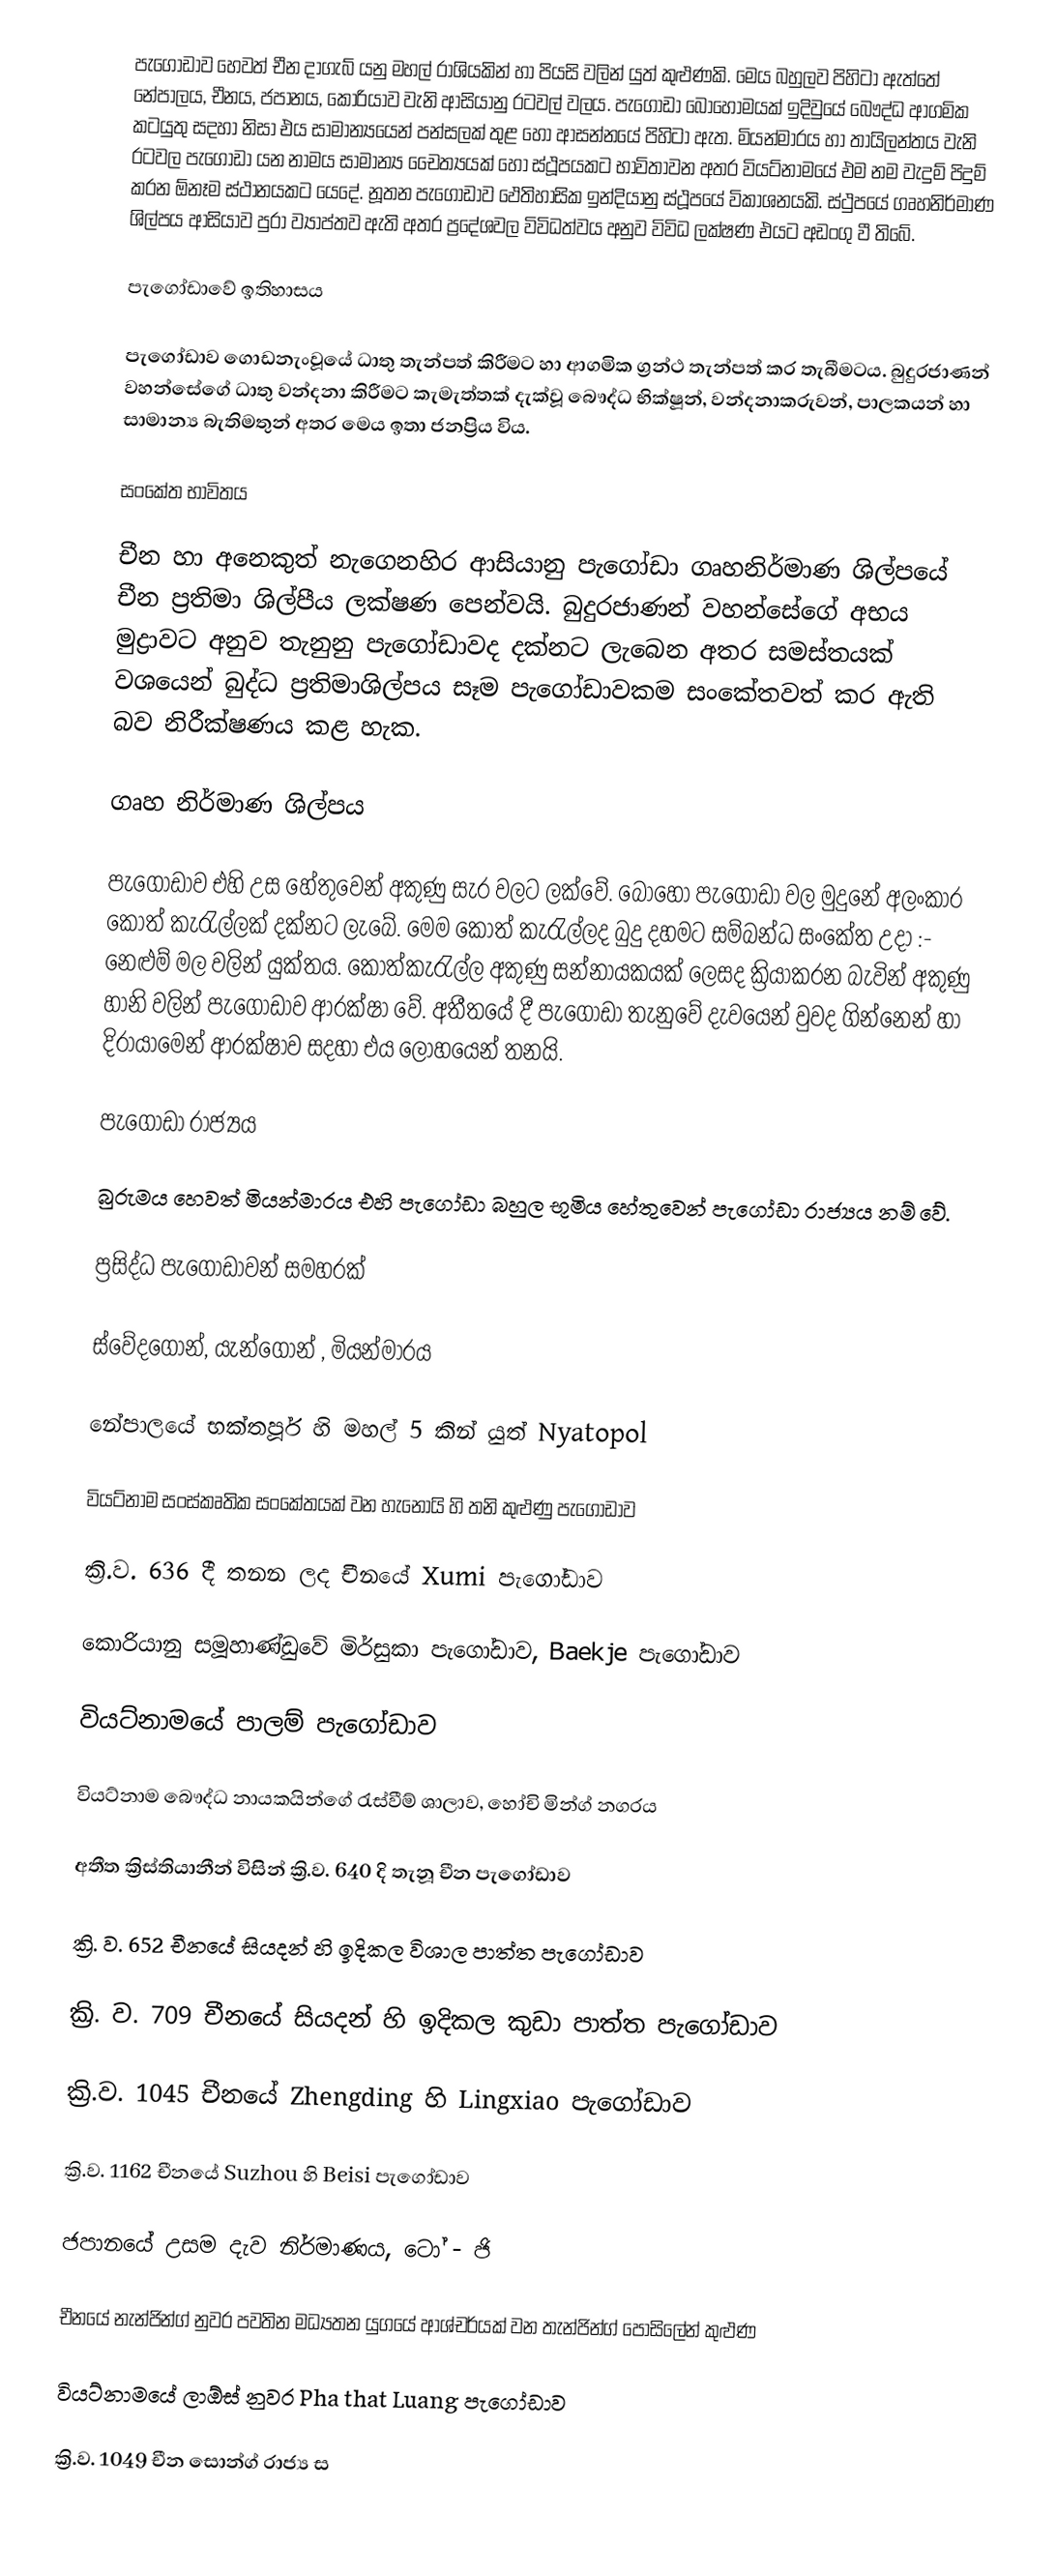
පැගෝඩාව හෙවත් චීන දාගැබ් යනු මහල් රාශියකින් හා පියසි වලින් යුත් කුළුණකි. මෙය  බහුලව පිහිටා ඇත්තේ නේපාලය, චීනය, ජපානය, කොරියාව වැනි ආසියානු රටවල් වලය.  පැගෝඩා බොහොමයක් ඉදිවුයේ බෞද්ධ ආගමික කටයුතු  සදහා නිසා එය සාමාන්‍යයෙන් පන්සලක් තුළ හෝ ආසන්නයේ පිහිටා ඇත. මියන්මාරය  හා තායිලන්තය වැනි රටවල පැගෝඩා  යන නාමය   සාමාන්‍ය චෛත්‍යයක් හෝ ස්ථූපයකට භාවිතාවන අතර වියට්නාමයේ එම නම වැදුම් පිදුම් කරන ඕනෑම ස්ථානයකට යෙදේ. නූතන පැගෝඩාව  ඵෙතිහාසික  ඉන්දියානු ස්ථූපයේ විකාශනයකි. ස්ථුපයේ ගෘහනිර්මාණ ශිල්පය ආසියාව පුරා ව්‍යාප්තව ඇති අතර ප්‍රදේශවල විවිධත්වය අනුව විවිධ ලක්ෂණ එයට අඩංගු වී තිබේ.

පැගෝඩාවේ ඉතිහාසය

පැගෝඩාව ගොඩනැංවූයේ ධාතු තැන්පත් කිරීමට හා ආගමික ග්‍රන්ථ තැන්පත් කර තැබීමටය.  බුදුරජාණන් වහන්සේගේ ධාතු වන්දනා කිරීමට කැමැත්තක් දැක්වූ බෞද්ධ භික්ෂූන්, වන්දනාකරුවන්, පාලකයන් හා සාමාන්‍ය බැතිමතුන්  අතර මෙය ඉතා ජනප්‍රිය ‍විය.

සංකේත භාවිතය

චීන හා අනෙකුත් නැගෙනහිර ආසියානු පැගෝඩා ගෘහනිර්මාණ ශිල්පයේ චීන ප්‍රතිමා ශිල්පීය ලක්ෂණ පෙන්වයි. බුදුරජාණන් වහන්සේගේ අභය මුද්‍රාවට අනුව තැනුනු පැගෝඩාවද දක්නට ලැබෙන අතර සමස්තයක් වශයෙන්  බුද්ධ ප්‍රතිමාශිල්පය සෑම පැගෝඩාවකම සංකේතවත් කර ඇති බව නිරීක්ෂණය කළ හැක.

ගෘහ නිර්මාණ ශිල්පය

පැගෝඩාව එහි උස හේතුවෙන්  අකුණු සැර වලට ලක්වේ. බොහෝ පැ‍ගෝඩා වල මුදුනේ අලංකාර කොත් කැරැල්ලක් දක්නට ලැබේ. මෙම කොත් කැරැල්ලද බුදු දහමට සම්බන්ධ සංකේත උදා :- නෙළුම් මල වලින් යුක්තය. කොත්කැරැල්ල අකුණු සන්නායකයක් ලෙසද ක්‍රියාකරන බැවින් අකුණු හානි වලින්  පැගෝඩාව ආරක්ෂා වේ. අතීතයේ දී පැගෝඩා  තැනුවේ දැවයෙන්  වුවද ගින්නෙන් හා දිරායාමෙන් ආරක්ෂාව සදහා එය ලෝහයෙන් තනයි.

පැගෝඩා රාජ්‍යය

බුරුමය හෙවත් මියන්මාරය එහි පැගෝඩා බහුල භූමිය හේතුවෙන් පැගෝඩා රාජ්‍යය නම් වේ.

ප්‍රසිද්ධ පැගෝඩාවන් සමහරක්

ස්වේදගොන්, යැන්ගොන් , මියන්මාරය

	නේපාලයේ භක්තපූර් හි මහල් 5 කින් යුත් Nyatopol

	වියට්නාම සංස්කෘතික සංකේතයක් වන හැ‍නොයි හි තනි කුළුණු පැගෝඩාව

	ක්‍රි.ව. 636 දී තනන ලද චීනයේ Xumi පැ‍ගෝඩාව

	කොරියානු සමූහාණ්ඩුවේ මිර්සුකා පැගෝඩාව,  Baekje පැගෝඩාව

	වියට්නාමයේ පාලම් පැගෝඩාව

	වියට්නාම බෞද්ධ නායකයින්ගේ රැස්වීම් ශාලාව, හෝචි මින්ග් නගරය

	අතීත ක්‍රිස්තියානීන් විසින් ක්‍රි.ව. 640 දි තැනූ චීන පැගෝඩාව

	ක්‍රි. ව. 652 චීනයේ සියදන් හි ඉදිකල විශාල පාත්ත පැගෝඩාව

	ක්‍රි. ව. 709 චීනයේ සියදන් හි ඉදිකල කුඩා පාත්ත පැගෝඩාව

	ක්‍රි.ව. 1045 චීනයේ  Zhengding හි  Lingxiao පැගෝඩාව

	ක්‍රි.ව. 1162 චීනයේ  Suzhou හි Beisi පැගෝඩාව

	ජපානයේ උසම දැව නිර්මාණය, ටෝ - ජි

	චීනයේ නැන්ජින්ග් නුවර පවතින මධ්‍යතන යුගයේ ආශ්චර්යක් වන තැන්ජින්ග් පොසිලේන් කුළුණ

	වියට්නාමයේ ලාඕස් නුවර Pha that Luang පැගෝඩාව

	ක්‍රි.ව. 1049 චීන සොන්ග් රාජ්‍ය ස